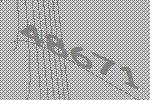
48671